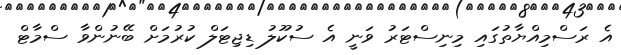
އެ ރަސްމިއްޔާތުގައި މިނިސްޓަރު ވަނީ އެ ސުކޫލު ޑިޖިޓަލް ކުރުމަށް ބޭނުންވާ ސްމާޓް